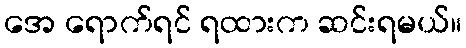
အေ ရောက်ရင် ရထားက ဆင်းရမယ်။